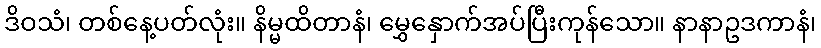
ဒိဝသံ၊ တစ်နေ့ပတ်လုံး။ နိမ္မထိတာနံ၊ မွှေနှောက်အပ်ပြီးကုန်သော။ နာနာဥဒကာနံ၊